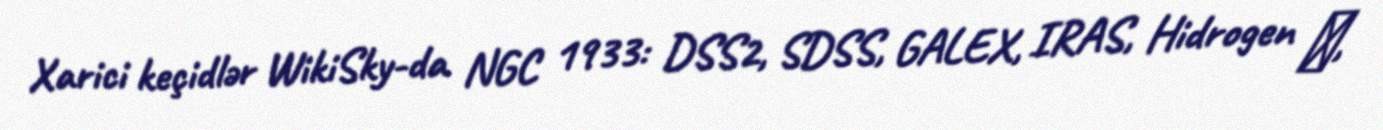
Xarici keçidlər WikiSky-da NGC 1933: DSS2, SDSS, GALEX, IRAS, Hidrogen α,